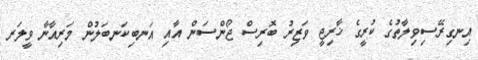
އިނގިރޭސިވިލާތުގެ ކުރީގެ ޚާރިޖީ ވަޒިރު ބޮރިސް ޖޯންސަން އާއި އަނބިކަނބަލުން މަރިއާނާ ވީލަރ